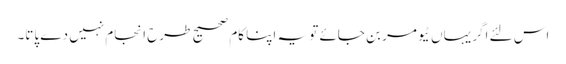
اس لئے اگر یہاں ٹیومر بن جائے تو یہ اپنا کام صحیح طرح انجام نہیں دے پاتا۔